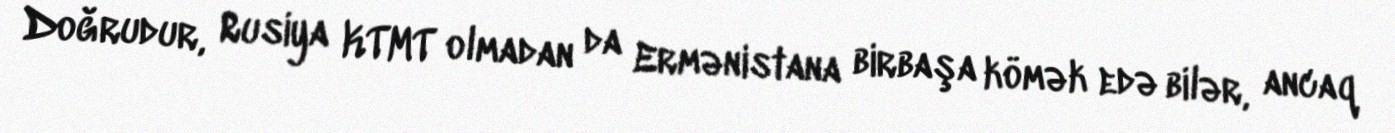
Doğrudur, Rusiya KTMT olmadan da Ermənistana birbaşa kömək edə bilər, ancaq